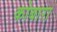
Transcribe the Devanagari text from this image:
कोबारा